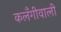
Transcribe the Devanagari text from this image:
कलँगीवाली